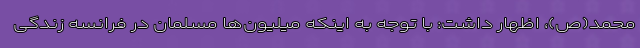
محمد(ص)، اظهار داشت: با توجه به اینکه میلیون‌ها مسلمان در فرانسه زندگی